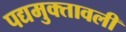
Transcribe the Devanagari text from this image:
पद्यमुक्तावली